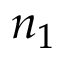
n _ { 1 }